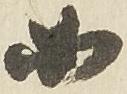
如